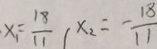
x _ { 1 } = \frac { 1 8 } { 1 1 } \vert x _ { 2 } = - \frac { 1 8 } { 1 1 }